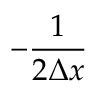
- \frac { 1 } { 2 \Delta x }